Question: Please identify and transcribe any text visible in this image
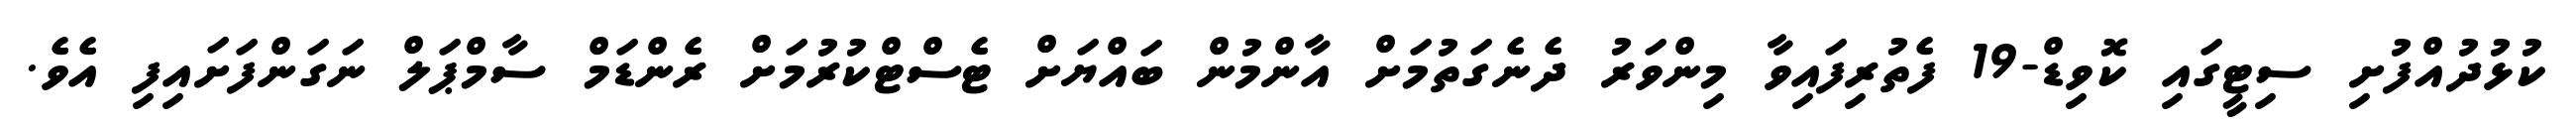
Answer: ކުޅުދުއްފުށި ސިޓީގައި ކޮވިޑް-19 ފެތުރިފައިވާ މިންވަރު ދެނެގަތުމަށް އާންމުން ބައްޔަށް ޓެސްޓްކުރުމަށް ރެންޑަމް ސާމްޕަލް ނަގަންފަށައިފި އެވެ.